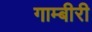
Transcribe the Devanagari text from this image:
गाम्बीरी